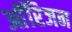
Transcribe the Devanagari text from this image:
आॅरिजन